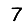
Digit: 7